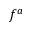
f ^ { a }